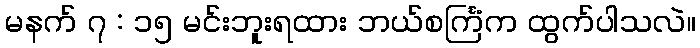
မနက် ၇ : ၁၅ မင်းဘူးရထား ဘယ်စင်္ကြံက ထွက်ပါသလဲ။